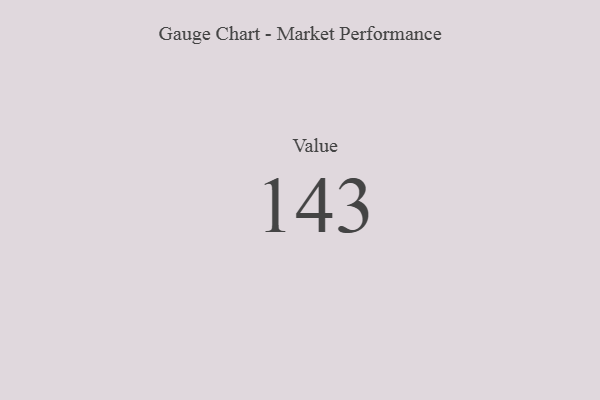
{"axis": {"x": "Metric", "y": "Value"}, "legend": [""], "data": [{"x": "Value", "y": 143, "type": ""}]}